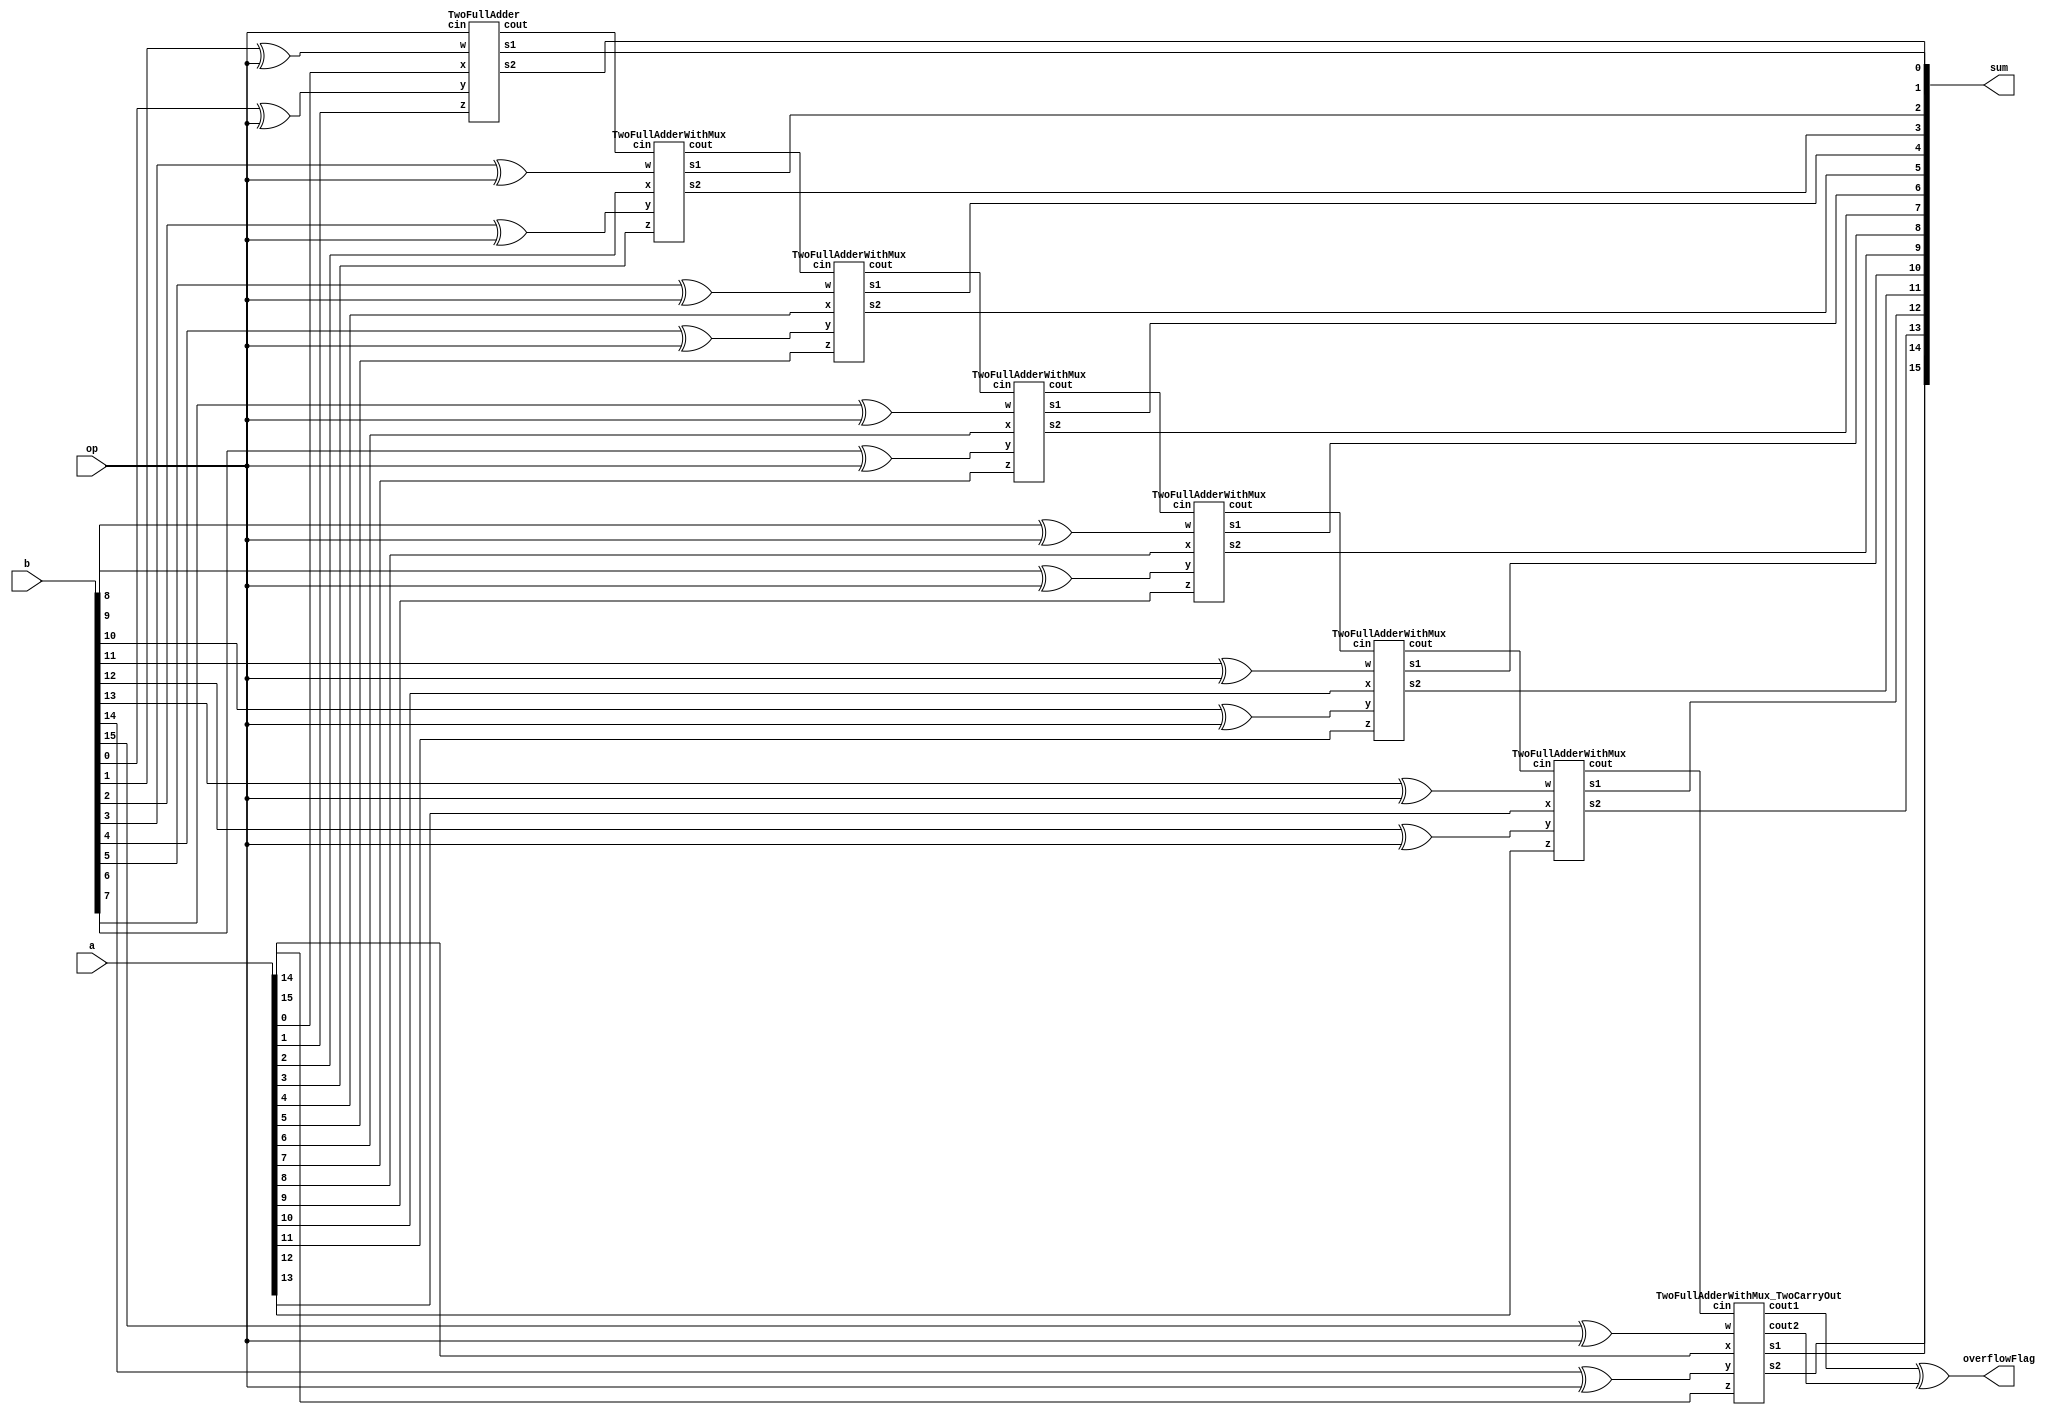

module FixedPoint_AdderSub_CarrySelect#(parameter WIDTH = 16)(a,b,op,sum,overflowFlag);
  input [WIDTH-1:0]a;
  input [WIDTH-1:0]b;
  input op;
  
  output  [WIDTH-1:0]sum;
  output overflowFlag;
  wire [WIDTH-1:0]b_modified;
  wire [(WIDTH/2)-1:0]carryouts;
  wire carryBeforelast;
  genvar i;


 
 
  //invert B if Sub=true
  generate 
    for (i = 0; i < WIDTH; i = i + 1) begin
		assign b_modified[i] = b[i] ^ op;
    end
  endgenerate
  
  

  generate 
	for (i = 0; i <= (WIDTH/2)-2; i = i + 1) begin
		if(i==0)
		   TwoFullAdder f0(a[0],b_modified[0],a[1],b_modified[1],op,sum[0],sum[1],carryouts[0]);
		else 
			TwoFullAdderWithMux fi(a[i*2],b_modified[i*2],a[(i*2)+1],b_modified[(i*2)+1],carryouts[i-1],sum[i*2],sum[(i*2)+1],carryouts[i]);
	end
  endgenerate
  TwoFullAdderWithMux_TwoCarryOut fEnd(a[WIDTH-2],b_modified[WIDTH-2],a[WIDTH-1],b_modified[WIDTH-1],carryouts[(WIDTH/2)-2],sum[WIDTH-2],sum[WIDTH-1],carryBeforelast,carryouts[(WIDTH/2)-1]);
  
  
  assign overflowFlag = (carryBeforelast ^ carryouts[(WIDTH/2)-1]) ;
  
  
  
endmodule 


module FullAdder(a, b,cin ,sum, carry);
  input a,b,cin;
  output sum,carry;
  
  wire x1,x2,x3;
  
  assign x1 = a ^ b;
  assign x2 = x1 & cin;
  assign x3 = a & b;
 
  assign sum   = x1 ^ cin;
  assign carry = x2 | x3;
  

  
endmodule


module TwoFullAdderWithMux(x,y,z,w,cin,s1,s2,cout);
  input x,y,z,w,cin;
  output s1,s2,cout;
  
  wire [1:0] sTemp1,sTemp2,coutTemp;
  TwoFullAdder h1(x,y,z,w,1'b0,sTemp1[0],sTemp2[0],coutTemp[0]);
  TwoFullAdder h2(x,y,z,w,1'b1,sTemp1[1],sTemp2[1],coutTemp[1]);
  Mux M({coutTemp[0],sTemp2[0],sTemp1[0]},{coutTemp[1],sTemp2[1],sTemp1[1]},cin,{cout,s2,s1});
  
  
endmodule

module Mux(a,b,s0,f);
  input [2:0]a;
  input [2:0]b;
  input s0;
  output [2:0]f;
  
  assign f = (s0 == 0) ? a :b; 
   

  
endmodule


module TwoFullAdder(x,y,z,w,cin,s1,s2,cout);
  input x,y,z,w,cin;
  output s1,s2,cout;
  
  wire carry;
  
  FullAdder H1(x,y,cin,s1,carry) ;
  FullAdder H2(z,w,carry,s2,cout);
  
endmodule



module TwoFullAdder_TwoCarryOut(x,y,z,w,cin,s1,s2,cout1,cout2);
  input x,y,z,w,cin;
  output s1,s2,cout1,cout2;

  
  FullAdder H1(x,y,cin,s1,cout1) ;
  FullAdder H2(z,w,cout1,s2,cout2);
  
endmodule


module TwoFullAdderWithMux_TwoCarryOut(x,y,z,w,cin,s1,s2,cout1,cout2);
  input x,y,z,w,cin;
  output s1,s2,cout1,cout2;
  
  wire [1:0] sTemp1,sTemp2,coutTemp1,coutTemp2;
  TwoFullAdder_TwoCarryOut h1(x,y,z,w,1'b0,sTemp1[0],sTemp2[0],coutTemp1[0],coutTemp2[0]);
  TwoFullAdder_TwoCarryOut h2(x,y,z,w,1'b1,sTemp1[1],sTemp2[1],coutTemp1[1],coutTemp2[1]);
  Mux4 M({coutTemp1[0],coutTemp2[0],sTemp2[0],sTemp1[0]},{coutTemp1[1],coutTemp2[1],sTemp2[1],sTemp1[1]},cin,{cout1,cout2,s2,s1});
  
  
endmodule

module Mux4(a,b,s0,f);
  input [3:0]a;
  input [3:0]b;
  input s0;
  output [3:0]f;
  
  assign f = (s0 == 0) ? a :b; 
   

  
endmodule